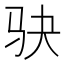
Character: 𫘝